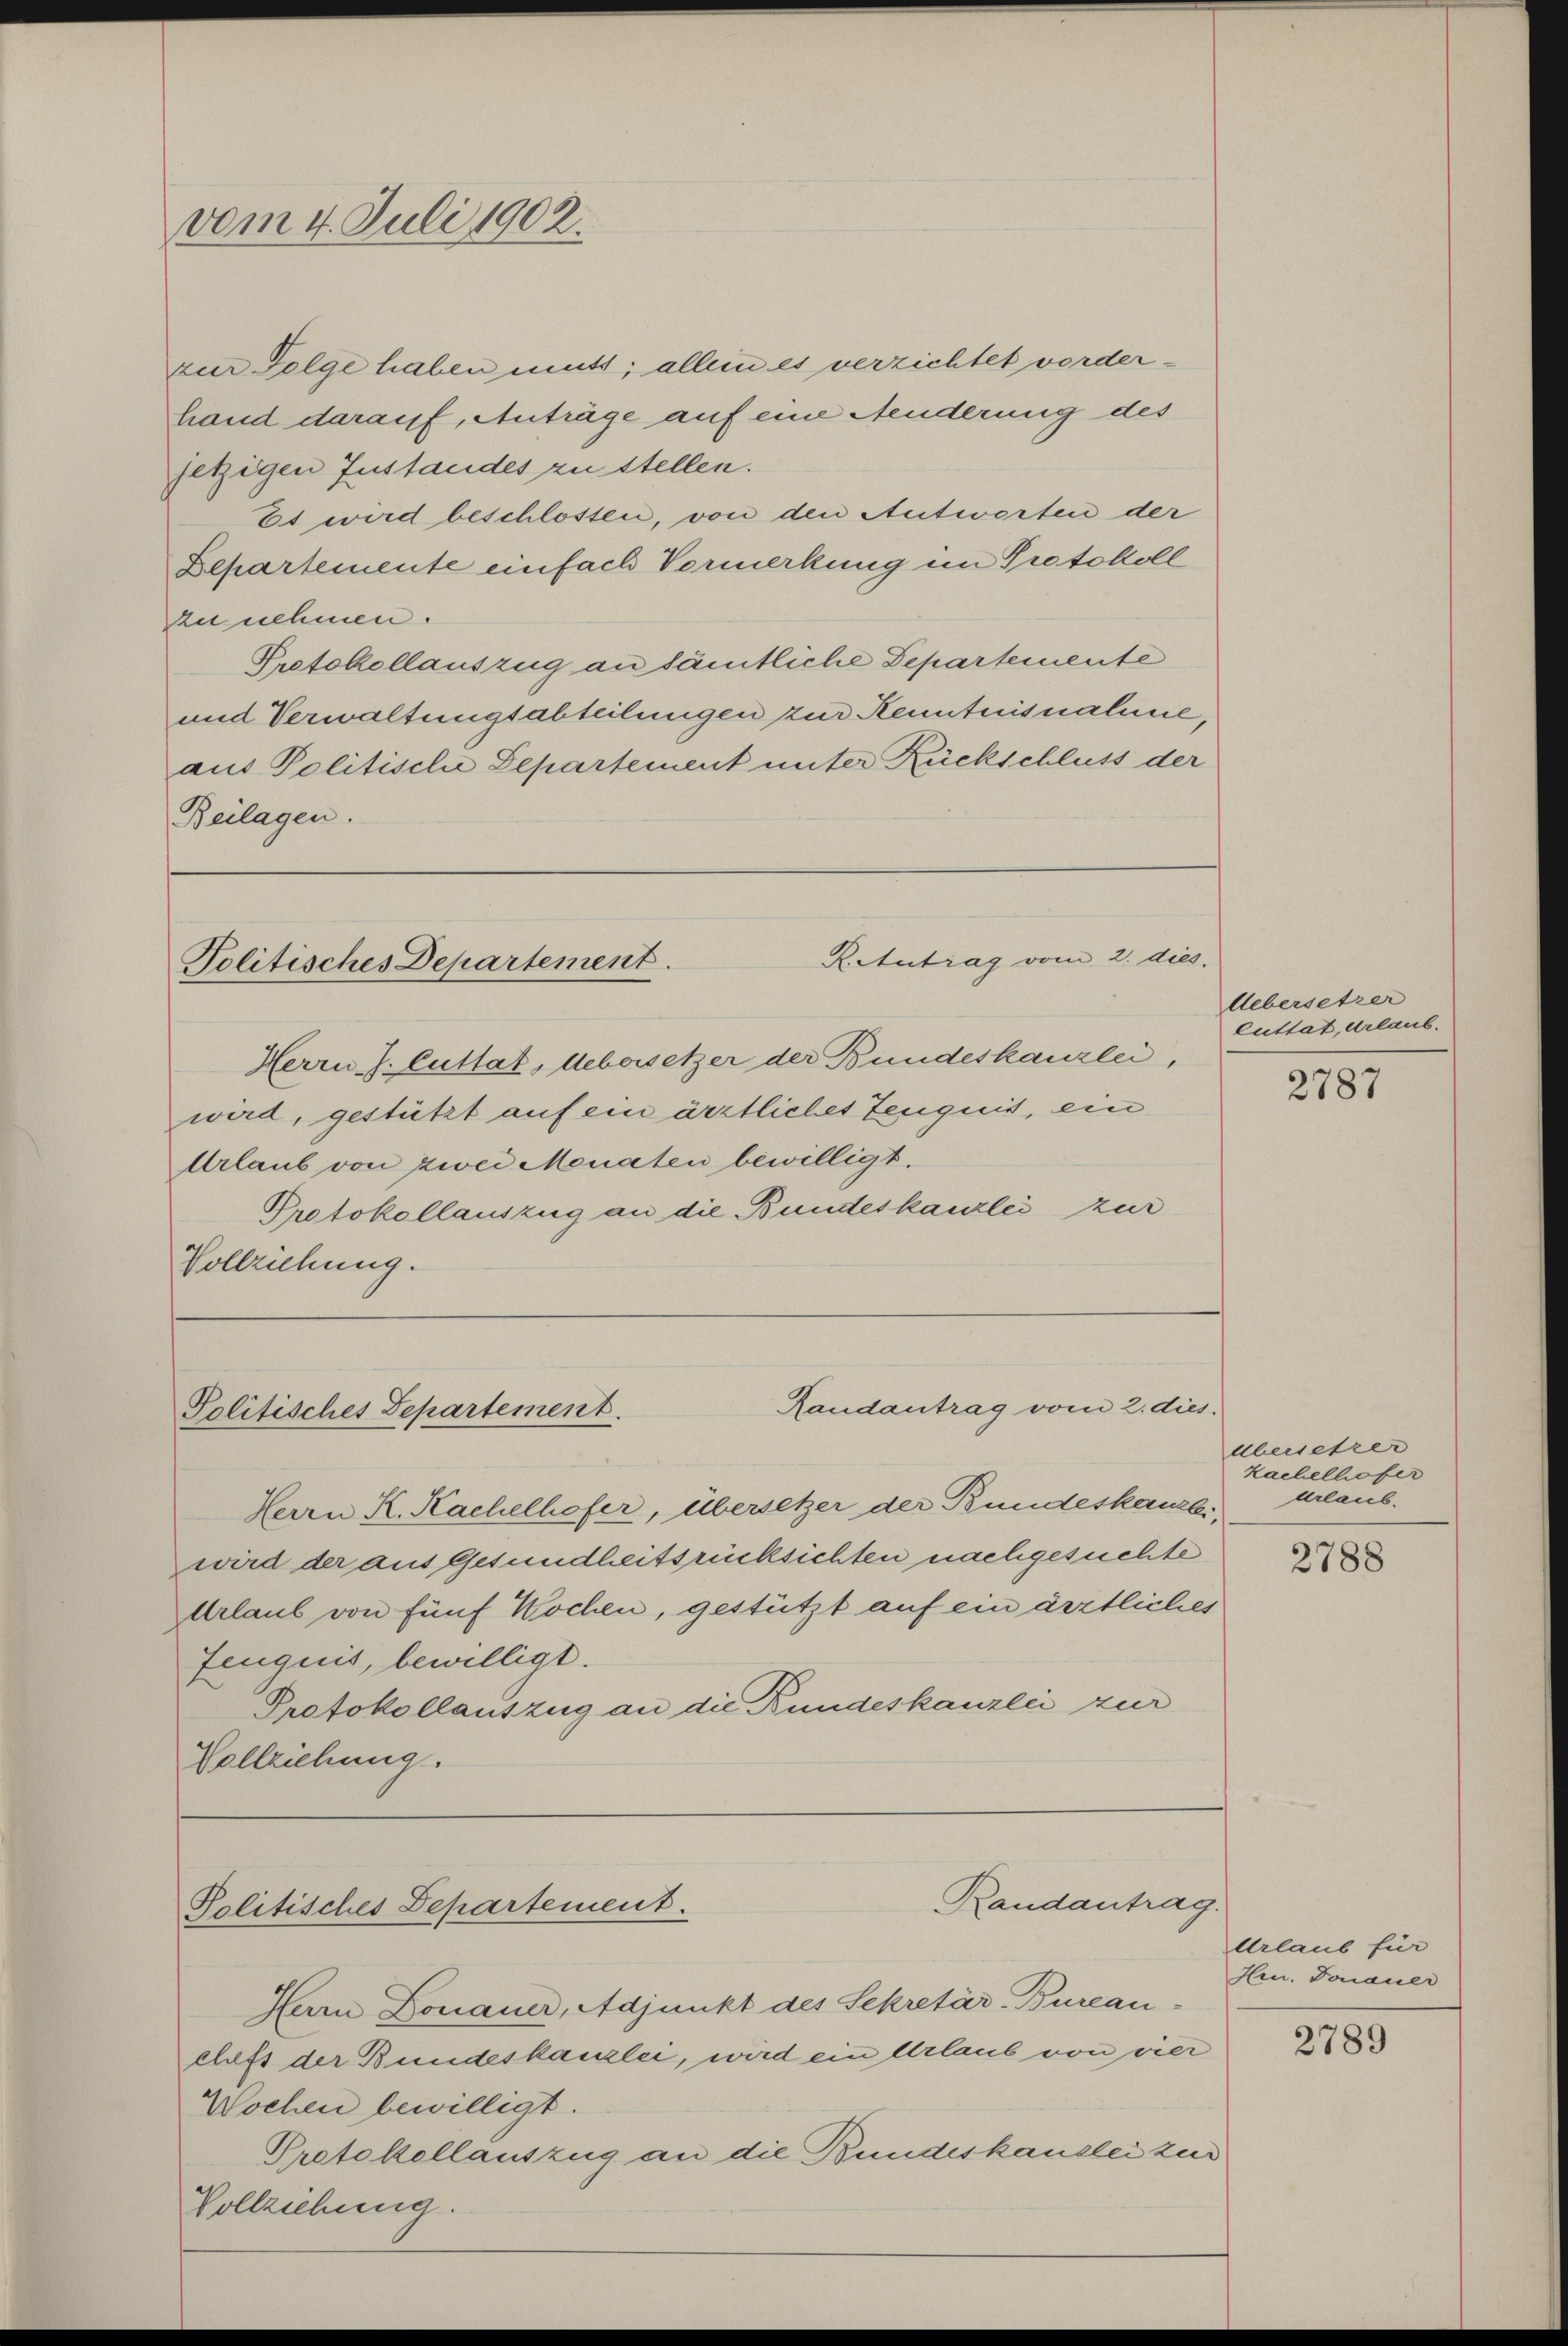
vom 4. Juli 1902.

hand darauf, Anträge auf eine Aenderung des
jetzigen Instandes zu stellen.
Es wird beschlossen, von den Antworten der
Departemente einfach Vormerkung im Protokoll
zu nehmen.
Protokollauszug an sämtliche Departemente
und Verwaltungsabteilungen zur Kenntnisnahme,
aus Politische Departement unter Rückschluss der
Beilagen.

zur Folge haben muts; allein es verzichtet worder¬

Reutrag vom 2. dies
Politisches Departement.

Herrn J. Cuttat, Uebersetzer der Bundeskanzlei,
wird, gestützt auf ein ärztliches Zeugnis, ein
Urlaub von zwei Monaten bewilligt.
Protokollauszug an die Bundeskanzlei zur
Vollziehung.

Randantrag vom 2. dies
Politisches Departement.

Herrn K. Kachelhofer, übersetzer der Bundeskanzli,
wird der ausgesundheitsrücksichten nachgesuchte
Urlaub von fünf Wochen, gestützt auf ein ärztliches
Zeugnis, bewilligt.
Protokollauszug an die Bundeskanzlei zur
Vollziehung.

Politisches Departement.

Randantrag.

Uebersetzer
cuttat, erlaub.

Harn Donauer, Adjunkt des Sekretär-Bureau-
chefs der Bundeskanzlei, wird ein Urlaub von vier
Wochen bewilligt.
Protokollauszug an die Bundeskanzlei zur
Vollziehung.

2787

Übersetzer
Kachelliefer
urlaub.

2788

Urlaub für
Hrn. Donauer

2789